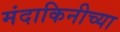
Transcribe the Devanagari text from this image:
मंदाकिनीच्या